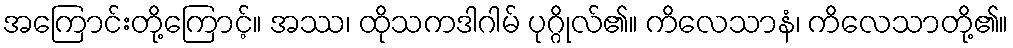
အကြောင်းတို့ကြောင့်။ အဿ၊ ထိုသကဒါဂါမ် ပုဂ္ဂိုလ်၏။ ကိလေသာနံ၊ ကိလေသာတို့၏။